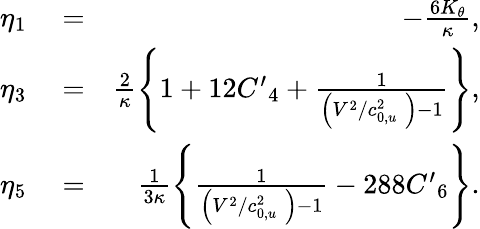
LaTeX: \begin{array}{rlr}{{{\eta}_{1}}}&{{}=}&{-\frac{6{{K}_{\theta}}}{\kappa},}\\ {{{\eta}_{3}}}&{{}=}&{\frac{2}{\kappa}\left\{ 1+12{{{{C}^{\prime}}}_{4}}+\frac{1}{\left({{{V}^{2}}}/{c_{0,u}^{2}}\; \right)-1}\right\} ,}\\ {{{\eta}_{5}}}&{{}=}&{\frac{1}{3\kappa}\left\{ \frac{1}{\left({{{V}^{2}}}/{c_{0,u}^{2}}\; \right)-1}-288{{{{C}^{\prime}}}_{6}}\right\} .}\end{array}